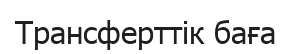
Трансферттік баға